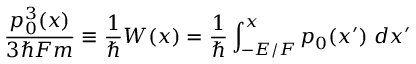
\frac { p _ { 0 } ^ { 3 } ( x ) } { 3 \hbar F m } \equiv \frac { 1 } { \hbar } W ( x ) = \frac { 1 } { \hbar } \int _ { - E / F } ^ { x } p _ { 0 } ( x ^ { \prime } ) \; d x ^ { \prime }